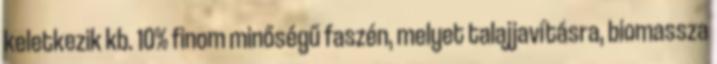
keletkezik kb. 10% finom minőségű faszén, melyet talajjavításra, biomassza